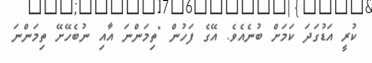
ކުރީ އަޑުގަދަ ކަމަށް ބުނެއެވެ. އޭގެ ފަހުން "ތިމަންނަ އާއި ނުބެހޭށޭ ތިމަންނަ